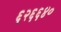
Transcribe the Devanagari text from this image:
६२६६४०